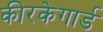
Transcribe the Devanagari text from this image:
कीरकेगार्ड